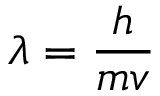
\lambda = { \frac { h } { m v } }